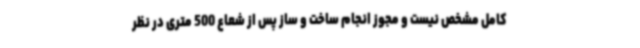
کامل مشخص نیست و مجوز انجام ساخت و ساز پس از شعاع 500 متری در نظر